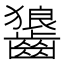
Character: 𮯏